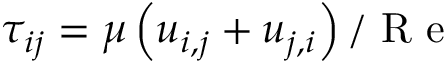
\tau _ { i j } = \mu \left( u _ { i , j } + u _ { j , i } \right) / \mathrm { ~ R ~ e ~ }